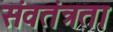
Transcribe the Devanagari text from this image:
संवतंत्रता